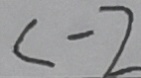
< - 2